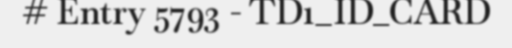
# Entry 5793 - TD1_ID_CARD